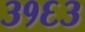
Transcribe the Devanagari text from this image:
३१६३